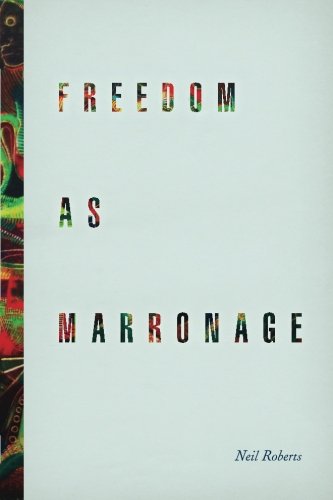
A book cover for Freedom as Marronage; Neil Roberts; History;